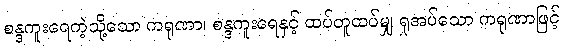
စန္ဒကူးရေကဲ့သို့သော ကရုဏာ၊ စန္ဒကူးရေနှင့် ထပ်တူထပ်မျှ ရှုအပ်သော ကရုဏာဖြင့်